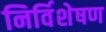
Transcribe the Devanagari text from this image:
निर्विशेषण